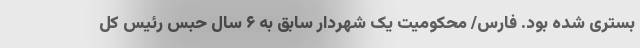
بستری شده بود. فارس/ محکومیت یک شهردار سابق به ۶ سال حبس رئیس کل